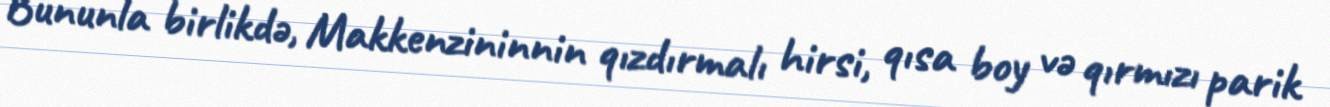
Bununla birlikdə, Makkenzininnin qızdırmalı hirsi, qısa boy və qırmızı parik